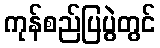
ကုန်စည်ပြပွဲတွင်